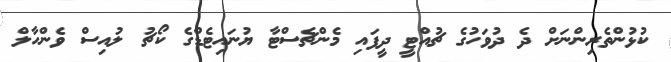
ކުޅުންތެރިންނަށް ދެ ދުވަހުގެ ޗުއްޓީ ދީފައި މެންޗެސްޓާ ޔުނައިޓެޑްގެ ކޯޗު ލުއިސް ވެންހާލް